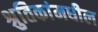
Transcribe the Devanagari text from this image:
श्रुतिकांमधील